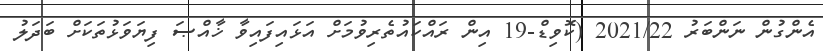
އެންގުން ނަންބަރު 2021/22 (ކޮވިޑް-19 އިން ރައްކައުތެރިވުމަށް އަޅައިފައިވާ ޚާއްޞަ ފިޔަވަޅުތަކަށް ބަދަލު